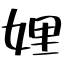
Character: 娌